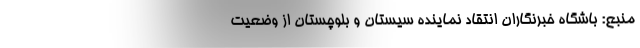
منبع: باشگاه خبرنگاران انتقاد نماینده سیستان و بلوچستان از وضعیت